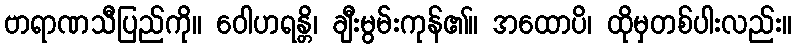
ဗာရာဏသီပြည်ကို။ ဝေါဟရန္တိ၊ ချီးမွမ်းကုန်၏။ အထောပိ၊ ထိုမှတစ်ပါးလည်း။